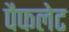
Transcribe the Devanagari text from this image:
पैफलेट